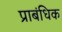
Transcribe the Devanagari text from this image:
प्राबंधिक